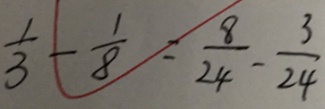
\frac { 1 } { 3 } - \frac { 1 } { 8 } = \frac { 8 } { 2 4 } - \frac { 3 } { 2 4 }